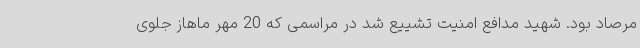
مرصاد بود. شهید مدافع امنیت تشییع شد در مراسمی که 20 مهر ماهاز جلوی